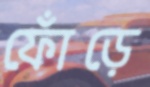
ফোঁড়ে